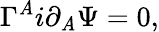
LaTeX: \Gamma^{\mathit{A}}i\partial_{\mathit{A}}\Psi=0,